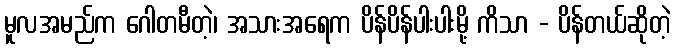
မူလအမည်က ဂေါတမီတဲ့၊ အသားအရေက ပိန်ပိန်ပါးပါးမို့ ကိသာ - ပိန်တယ်ဆိုတဲ့